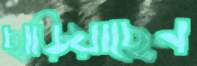
ছাড়িয়াছেন